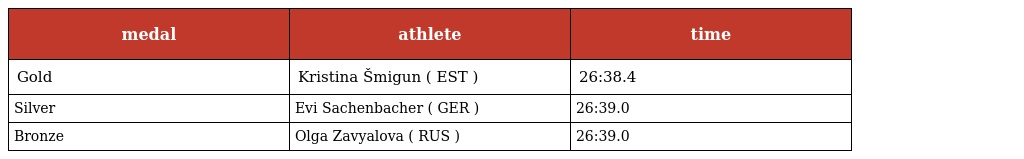
| medal | athlete | time |
 | --- | --- | --- |
 | Gold | Kristina Šmigun ( EST ) | 26:38.4 |
 | Silver | Evi Sachenbacher ( GER ) | 26:39.0 |
 | Bronze | Olga Zavyalova ( RUS ) | 26:39.0 |